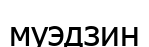
муэдзин